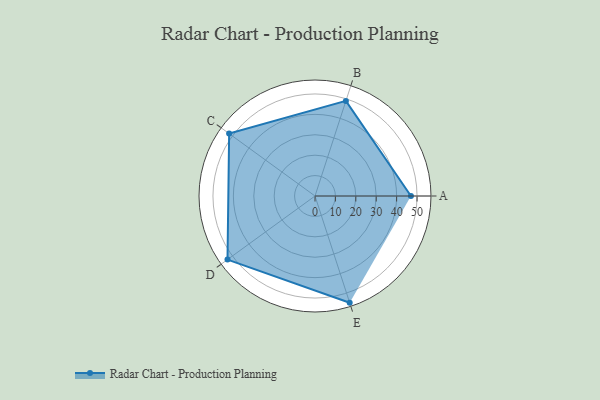
{"axis": {"x": "Skill", "y": "Score"}, "legend": ["Profile"], "data": [{"x": "A", "y": 47.0, "type": "Profile"}, {"x": "B", "y": 49.0, "type": "Profile"}, {"x": "C", "y": 52.0, "type": "Profile"}, {"x": "D", "y": 53.0, "type": "Profile"}, {"x": "E", "y": 55.0, "type": "Profile"}]}